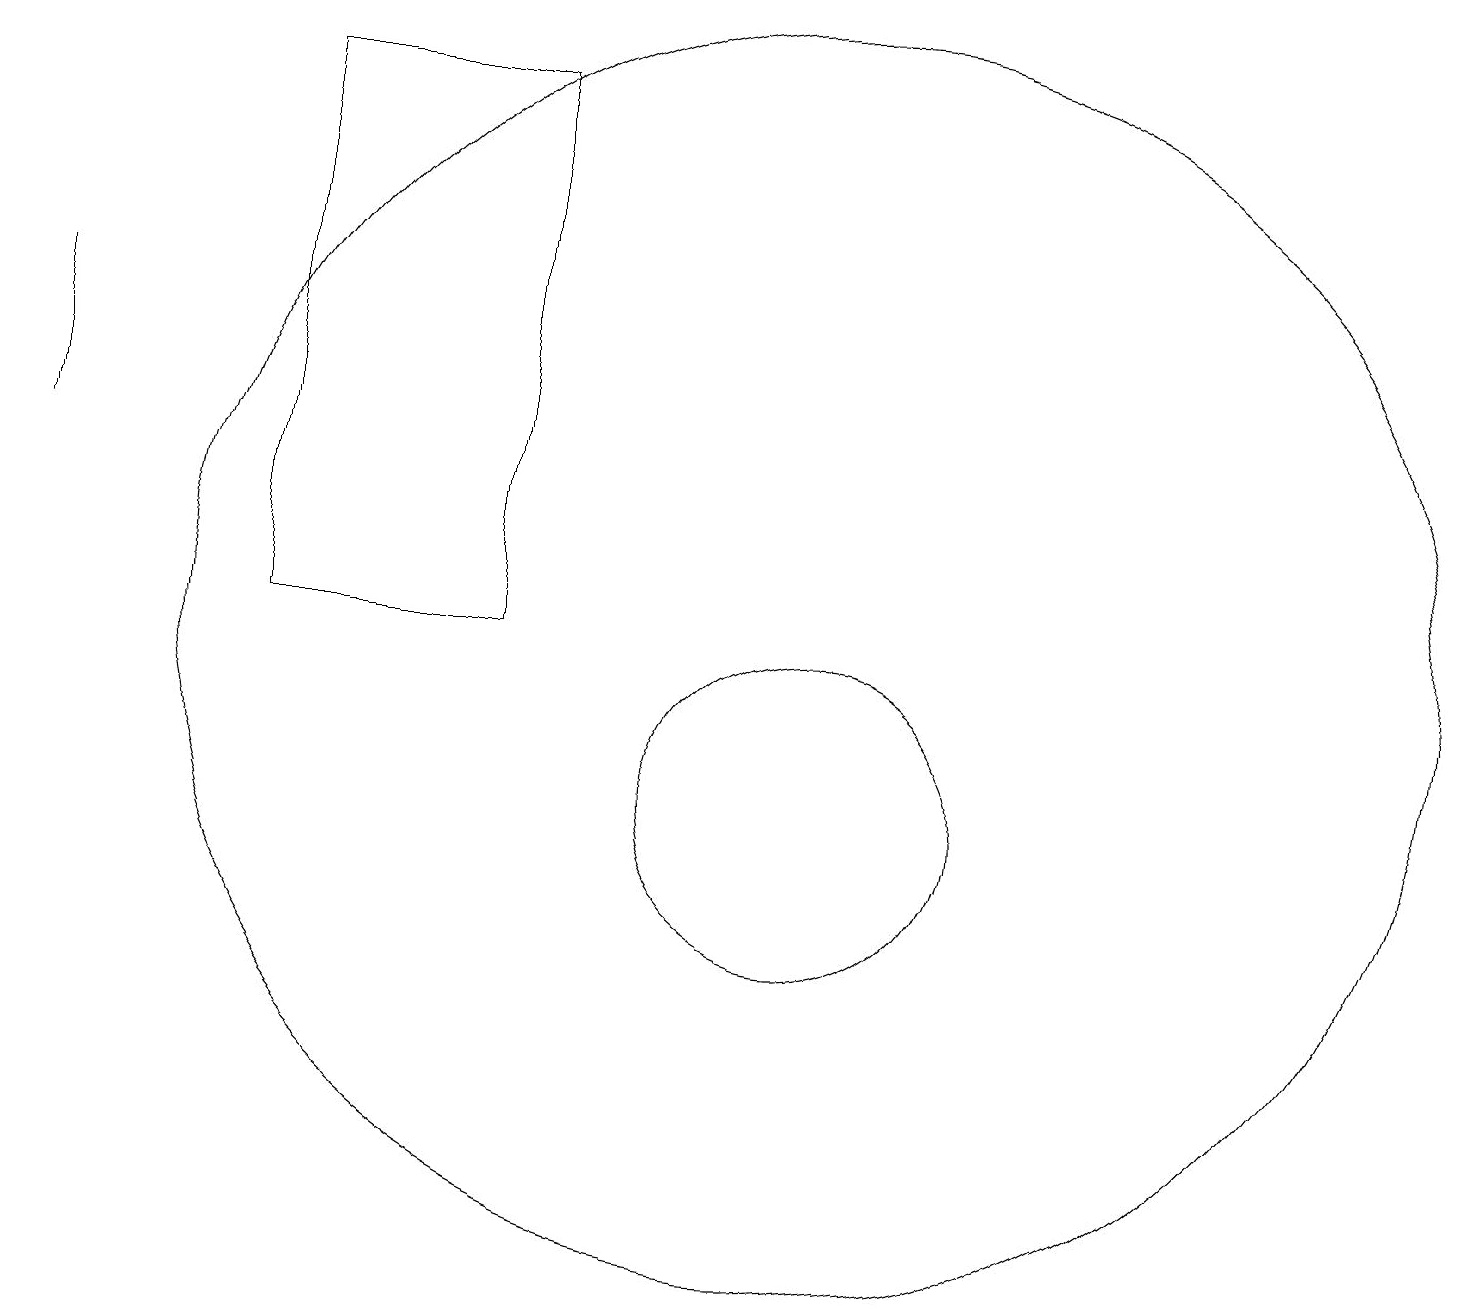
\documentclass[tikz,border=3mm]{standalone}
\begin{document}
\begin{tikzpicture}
\draw (0,14) rectangle (0,16);
\draw (3,19) rectangle (6,12);
\draw (10,12) circle (8);
\draw (10,10) circle (2);
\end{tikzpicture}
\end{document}